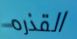
القذره